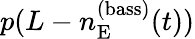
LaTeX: p(L-n_{\mathrm{E}}^{(\mathrm{bass})}(t))